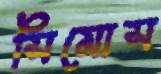
সিমোস